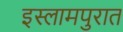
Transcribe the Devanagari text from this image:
इस्लामपुरात